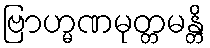
ဗြာဟ္မဏမုတ္တမန္တိ